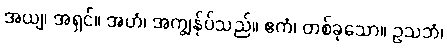
အယျ၊ အရှင်။ အဟံ၊ အကျွန်ုပ်သည်။ ဧကံ၊ တစ်ခုသော။ ဥသဘံ၊